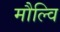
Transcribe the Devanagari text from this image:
मौल्वि